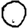
Digit: 0